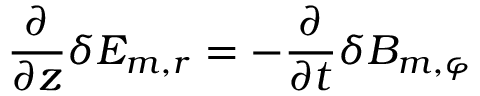
\frac { \partial } { \partial z } \delta E _ { m , r } = - \frac { \partial } { \partial t } \delta B _ { m , \varphi }